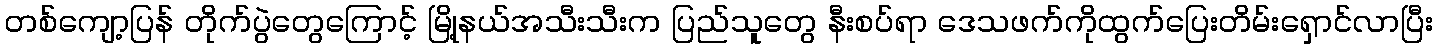
တစ်ကျော့ပြန် တိုက်ပွဲတွေကြောင့် မြို့နယ်အသီးသီးက ပြည်သူတွေ နီးစပ်ရာ ဒေသဖက်ကိုထွက်ပြေးတိမ်းရှောင်လာပြီး